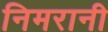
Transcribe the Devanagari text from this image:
निमरानी